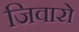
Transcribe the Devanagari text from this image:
जिवारो